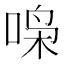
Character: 𫪧